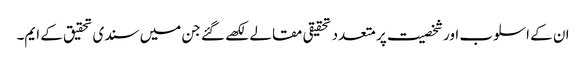
ان کے اسلوب اور شخصیت پر متعدد تحقیقی مقالے لکھے گئے جن میں سندی تحقیق کے ایم۔